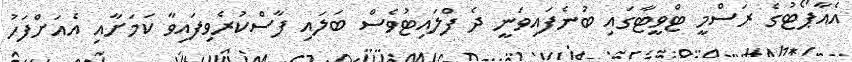
އެއާޕޯޓުގެ ރަސްމީ ޓްވީޓާގައި ބުނެފައިވަނީ ދެ ފްލައިޓުވެސް ބަލައި ފާސްކުރެވިފައިވާ ކަމަށާއި އެއަށްފަހު